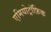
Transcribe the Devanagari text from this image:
एमियोट्रॉफ़िक